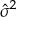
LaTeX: \textstyle { \hat { \sigma } } ^ { 2 }